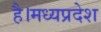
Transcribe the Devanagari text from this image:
है।मध्यप्रदेश